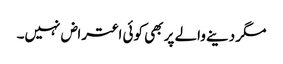
مگر دینے والے پر بھی کوئی اعتراض نہیں۔